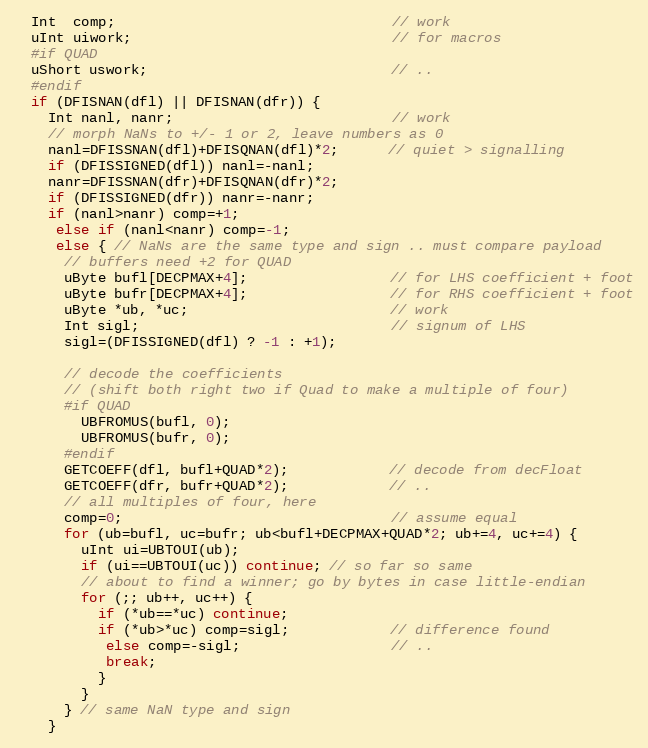
Language: C
  Int  comp;                                 // work
  uInt uiwork;                               // for macros
  #if QUAD
  uShort uswork;                             // ..
  #endif
  if (DFISNAN(dfl) || DFISNAN(dfr)) {
    Int nanl, nanr;                          // work
    // morph NaNs to +/- 1 or 2, leave numbers as 0
    nanl=DFISSNAN(dfl)+DFISQNAN(dfl)*2;      // quiet > signalling
    if (DFISSIGNED(dfl)) nanl=-nanl;
    nanr=DFISSNAN(dfr)+DFISQNAN(dfr)*2;
    if (DFISSIGNED(dfr)) nanr=-nanr;
    if (nanl>nanr) comp=+1;
     else if (nanl<nanr) comp=-1;
     else { // NaNs are the same type and sign .. must compare payload
      // buffers need +2 for QUAD
      uByte bufl[DECPMAX+4];                 // for LHS coefficient + foot
      uByte bufr[DECPMAX+4];                 // for RHS coefficient + foot
      uByte *ub, *uc;                        // work
      Int sigl;                              // signum of LHS
      sigl=(DFISSIGNED(dfl) ? -1 : +1);

      // decode the coefficients
      // (shift both right two if Quad to make a multiple of four)
      #if QUAD
        UBFROMUS(bufl, 0);
        UBFROMUS(bufr, 0);
      #endif
      GETCOEFF(dfl, bufl+QUAD*2);            // decode from decFloat
      GETCOEFF(dfr, bufr+QUAD*2);            // ..
      // all multiples of four, here
      comp=0;                                // assume equal
      for (ub=bufl, uc=bufr; ub<bufl+DECPMAX+QUAD*2; ub+=4, uc+=4) {
        uInt ui=UBTOUI(ub);
        if (ui==UBTOUI(uc)) continue; // so far so same
        // about to find a winner; go by bytes in case little-endian
        for (;; ub++, uc++) {
          if (*ub==*uc) continue;
          if (*ub>*uc) comp=sigl;            // difference found
           else comp=-sigl;                  // ..
           break;
          }
        }
      } // same NaN type and sign
    }